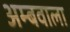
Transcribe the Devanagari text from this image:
अम्बवाला